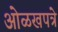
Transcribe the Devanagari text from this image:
ओळखपत्रे